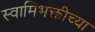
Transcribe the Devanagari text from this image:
स्वामिभक्तीच्या